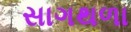
સાગથળા